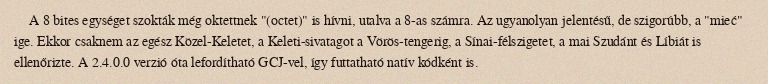
A 8 bites egységet szokták még oktettnek "(octet)" is hívni, utalva a 8-as számra. Az ugyanolyan jelentésű, de szigorúbb, a "mieć" ige. Ekkor csaknem az egész Közel-Keletet, a Keleti-sivatagot a Vörös-tengerig, a Sínai-félszigetet, a mai Szudánt és Líbiát is ellenőrizte. A 2.4.0.0 verzió óta lefordítható GCJ-vel, így futtatható natív kódként is.